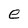
Character: e